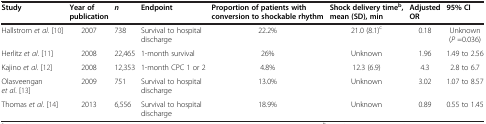
<table><thead><tr><td><b>Study</b></td><td><b>Year of publication</b></td><td><b><i>n</i></b></td><td><b>Endpoint</b></td><td><b>Proportion of patients with conversion to shockable rhythm</b></td><td><b>Shock delivery time<sup>b</sup>, mean (SD), min</b></td><td><b>Adjusted OR</b></td><td><b>95% CI</b></td></tr></thead><tbody><tr><td>Hallstrom <i>et al</i>. [10]</td><td>2007</td><td>738</td><td>Survival to hospital discharge</td><td>22.2%</td><td>21.0 (8.1)<sup>c</sup></td><td>0.18</td><td>Unknown (<i>P</i> =0.036)</td></tr><tr><td>Herlitz <i>et al</i>. [11]</td><td>2008</td><td>22,465</td><td>1-month survival</td><td>26%</td><td>Unknown</td><td>1.96</td><td>1.49 to 2.56</td></tr><tr><td>Kajino <i>et al</i>. [12]</td><td>2008</td><td>12,353</td><td>1-month CPC 1 or 2</td><td>4.8%</td><td>12.3 (6.9)</td><td>4.3</td><td>2.8 to 6.7</td></tr><tr><td>Olasveengan <i>et al</i>. [13]</td><td>2009</td><td>751</td><td>Survival to hospital discharge</td><td>13.0%</td><td>Unknown</td><td>3.02</td><td>1.07 to 8.57</td></tr><tr><td>Thomas <i>et al</i>. [14]</td><td>2013</td><td>6,556</td><td>Survival to hospital discharge</td><td>18.9%</td><td>Unknown</td><td>0.89</td><td>0.55 to 1.45</td></tr></tbody></table>